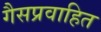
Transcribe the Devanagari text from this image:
गैसप्रवाहित